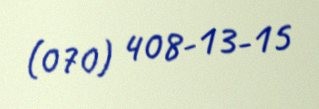
(070) 408-13-15